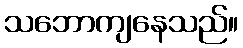
သဘောကျနေသည်။